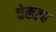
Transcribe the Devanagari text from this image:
चेकला